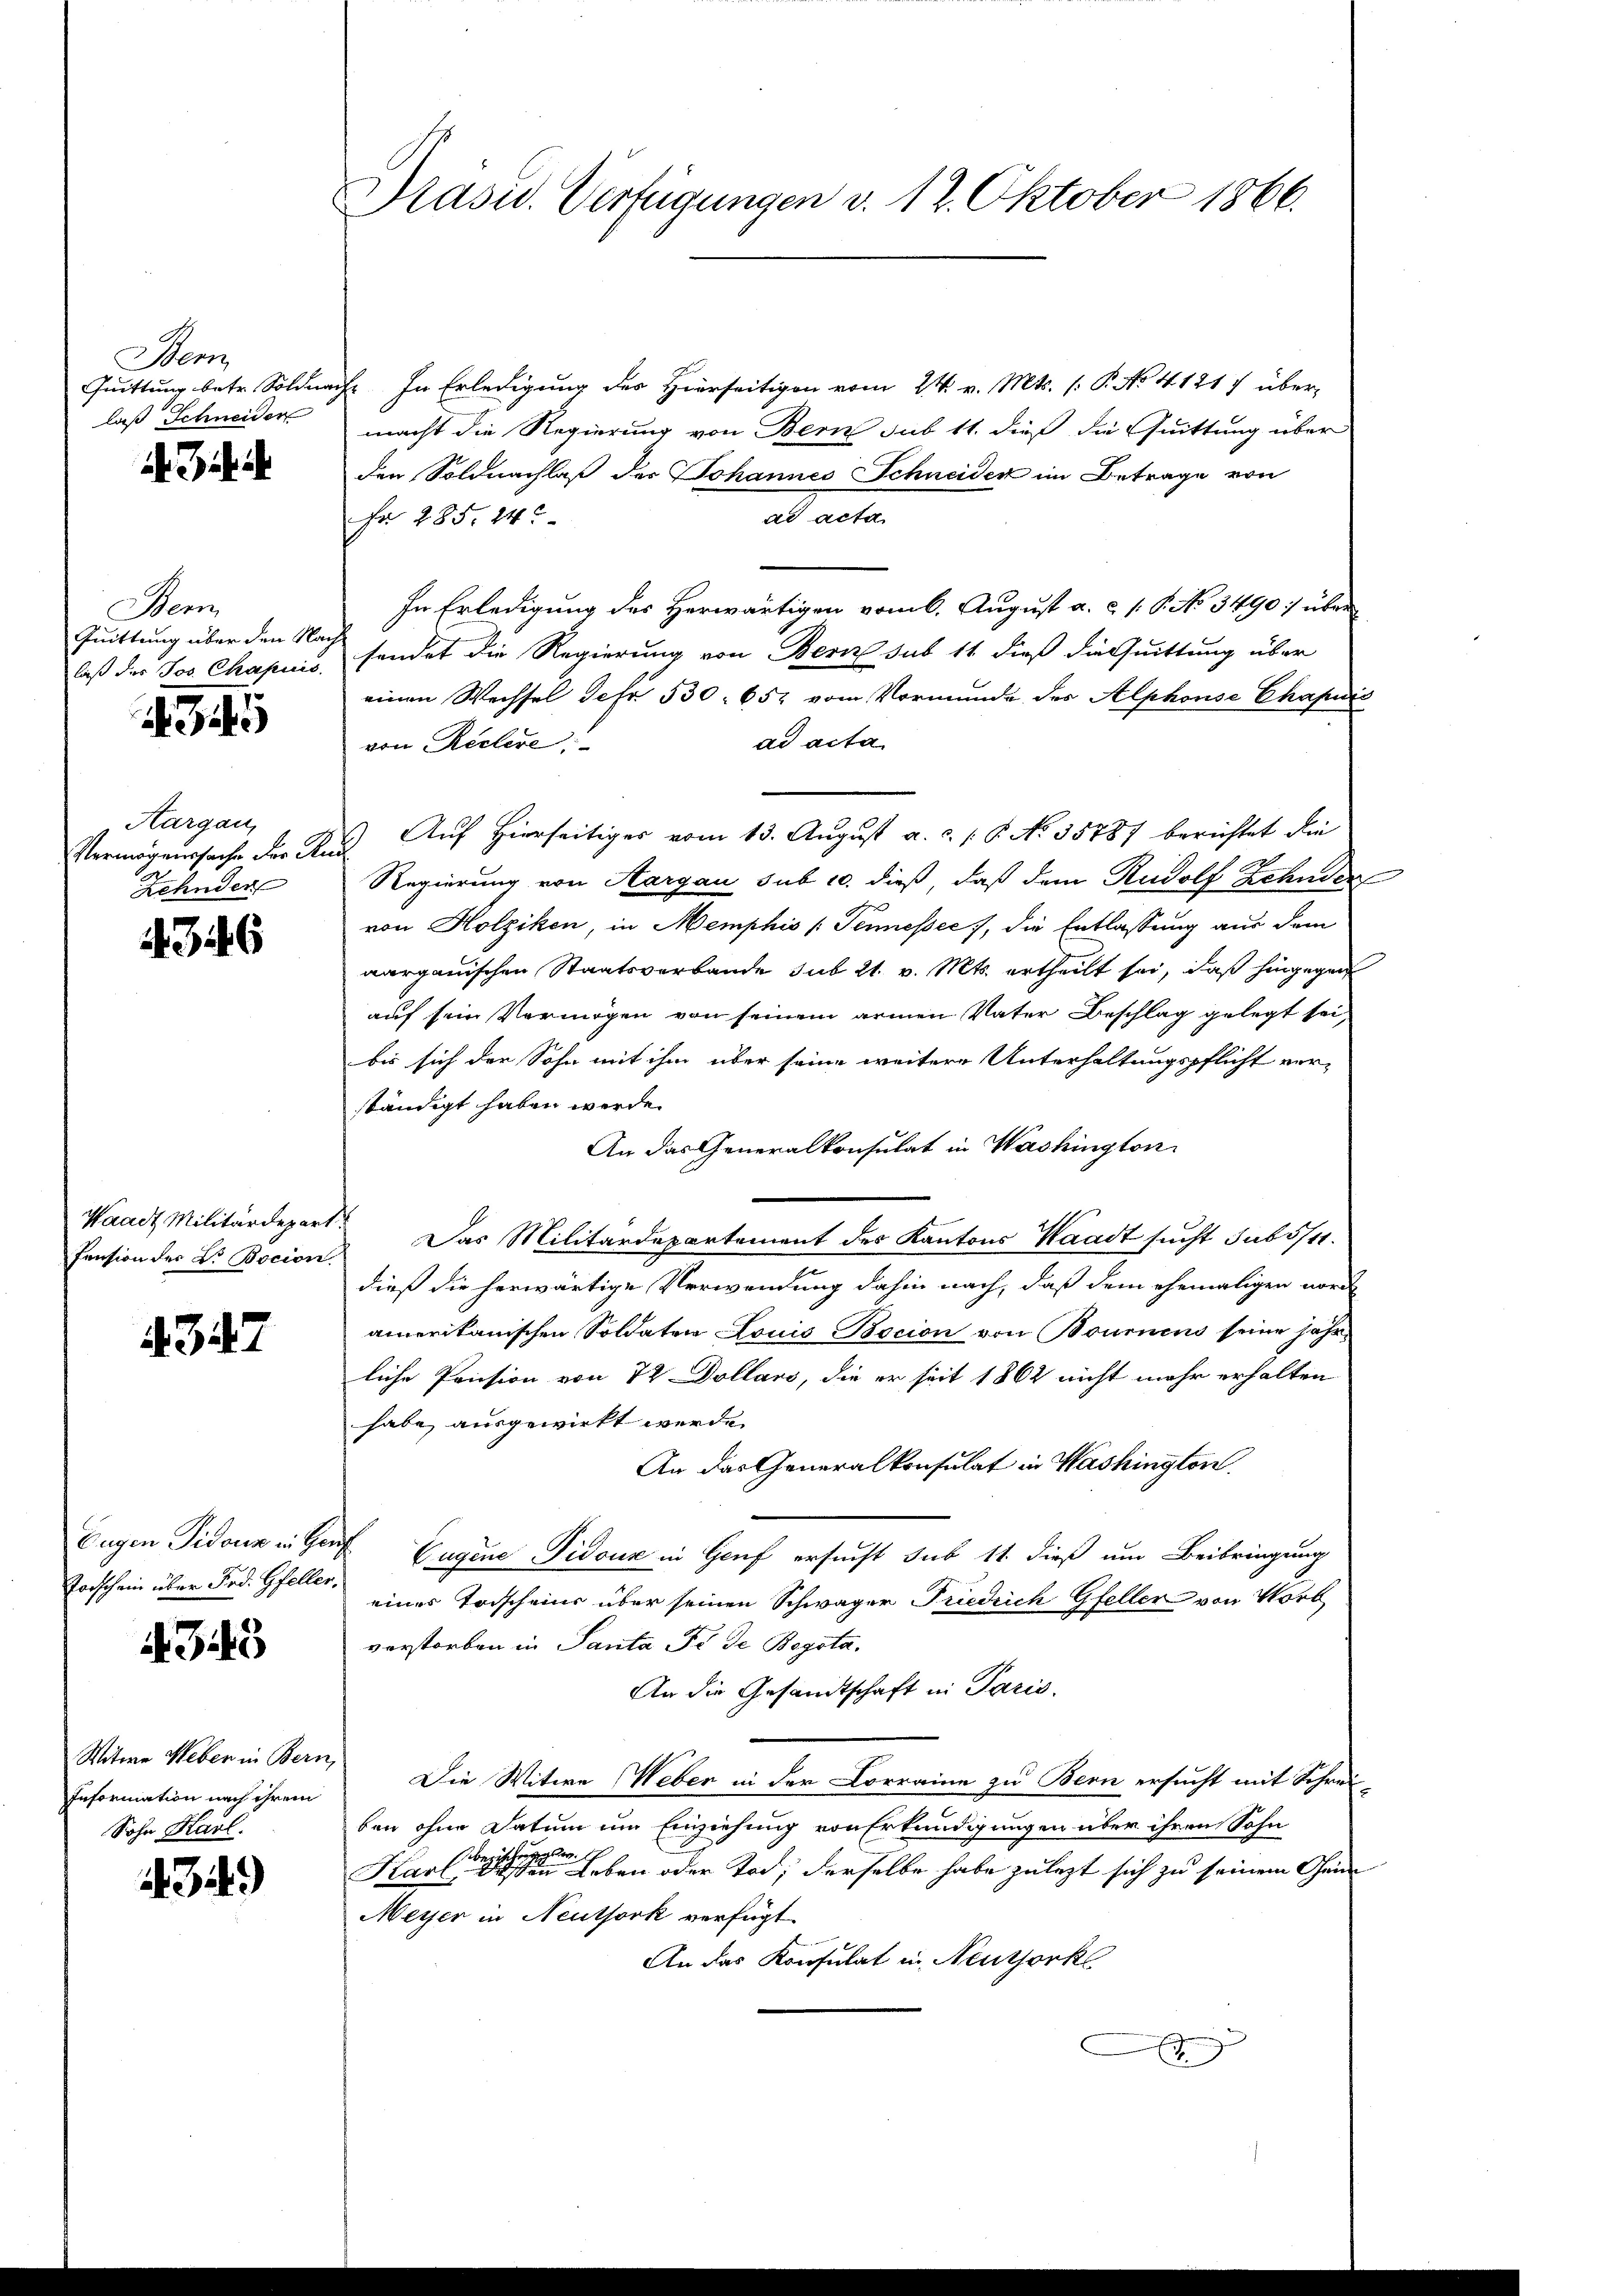
Stem
laß Schneider

Menn
Quittung über den Nach¬

4945

Aargau,
Vermögenssache der Rud
Zehnder

436

Pension der Dr. Bocion.

4347

Forschein über Frd. Gfeller,

345

Information nach ihrem
Sohn Harl

34.)

Präsid. Verfügungen v. 12. Oktober 1866.

Quittung betr. Soldnach. In Erledigung des Hierseitigen vom 24. v. Mts. (: P. No. 4121) über
macht die Regierung von Bern sub 11. dieß die Quittung über
den Soldnachlaß des Johannes Schneider im Betrage von
ad acta
Fr 285. 14.
In Erledigung des Herwärtigen vom 6. August a. c. s. S. No 3490 :/ über
laß des Jos. Chapiis, sendet die Regierung von Bern sub 11 dieß die Quittung über
einen Wechsel Jefr 530. 652 vom Vormunde des Alphonse Chapudić
ad acta
von Reclere
Auf Hierseitiges vom 13. August a. ..  P. No 3578/ berichtet die
Regierung von Aargau sub 10. dieß, daß dem Rudolf Zehnder
von Holziken, in Memphis [Tenneßec, die Entlassung aus dem
aargauischen Staatsverbande sub 21. v. Mts. ertheilt sei, daß hingegen
auf sein Vermögen von seinem armen Vater Beschlag gelegt sei,
bis sich der Sohn mit ihm über seine weitere Unterhaltungspflicht verständigt haben werde.
An das Generalkonsulat in Washington
Waadt Militärdepart. Das Militärdepartement des Kantons Waadt sucht Subst
dieß die herwärtige Verwendung dahin nach, daß dem ehemaligen nord
amerikanischen Soldaten Louis Bocion von Bournens seine jährliche Pension von 72 Dollari, die er seit 1862 nicht mehr erhalten
habe ausgewirkt werde.
An das Generalkonsulat in Washington
Eugen Fidouz in Genf Eugene Pidouz in Genf ersucht sub 11. dieß um Beibringung
eines Torscheins über seinen Schwäger Friedrich Gfeller von Vorb
verstorben in Santa Fr. de Begota.
An die Gesandtschaft in Paris.
Witwe Weber in Bern, Die Witwe Weber in der Corraine zu Bern ersucht mit Schrei
ben ohne Datum um Einziehung von Erkundigungen über ihren Sohn
Karl                  Leben oder Tod, derselbe habe zulezt sich zu seinem Geme
Meyer in Neuthork verfügt
An das Konsulat in Neuthork
x